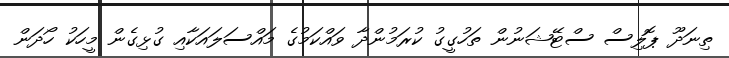
ތިނަދޫ ޕޮލިސް ސްޓޭޝަނުން ތަހުގީގު ކުރަމުންދާ ވައްކަމުގެ މައްސަލައަކާއި ގުޅިގެން މީހަކު ހޯދަން